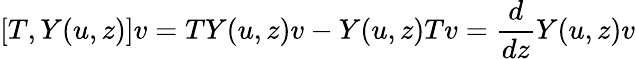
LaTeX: [T,Y(u,z)]v=TY(u,z)v-Y(u,z)Tv={\frac{d}{dz}}Y(u,z)v